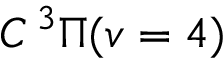
C \, { } ^ { 3 } \Pi ( v = 4 )